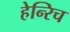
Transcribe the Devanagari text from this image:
हेन्‍रिच